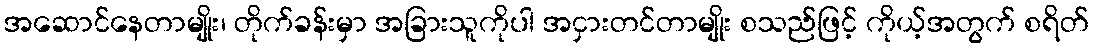
အဆောင်နေတာမျိုး၊ တိုက်ခန်းမှာ အခြားသူကိုပါ အငှားတင်တာမျိုး စသည်ဖြင့် ကိုယ့်အတွက် စရိတ်